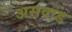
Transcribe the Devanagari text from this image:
असवाड